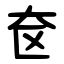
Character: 奁